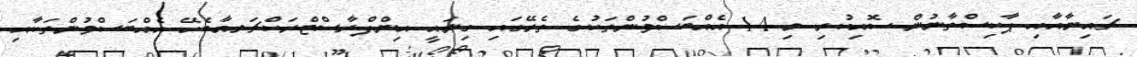
ޗައިނާއާއި ޕާކިސްތާނުން ސޮއިކުރި މި 14 އެއްބަސްވުންތަކުގެ ތެރޭގައި ގިނައީ އިންފްރާސްޓްރަކްޗަރއާބެހޭ އެއްބަސްވުންތަކާއި